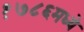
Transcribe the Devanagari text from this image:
१७८६मध्ये